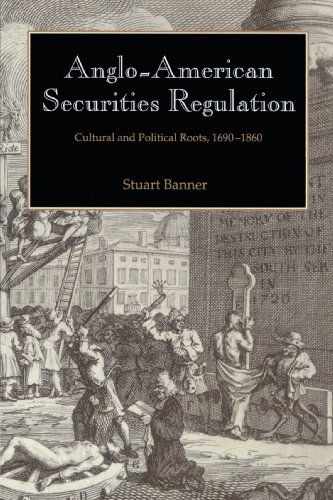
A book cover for Anglo-American Securities Regulation: Cultural and Political Roots, 1690-1860; Stuart Banner; Law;